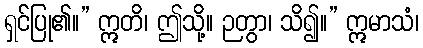
ရှင်ပြု၏။” ဣတိ၊ ဤသို့။ ဉတွာ၊ သိ၍။” ဣမာသံ၊